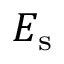
E _ { \mathrm { s } }